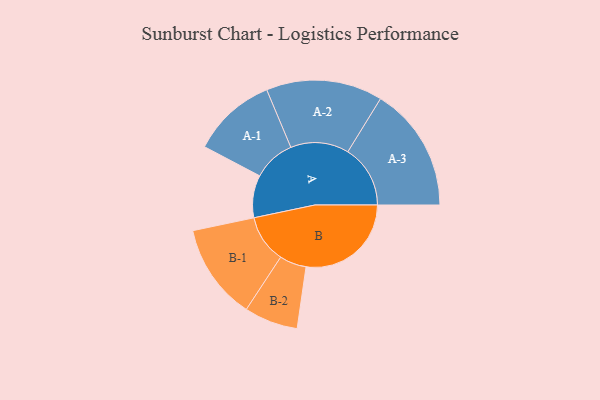
{"axis": {"x": "Segment", "y": "Value"}, "legend": ["", "A", "B"], "data": [{"x": "A", "y": 199, "type": ""}, {"x": "B", "y": 493, "type": ""}, {"x": "A-1", "y": 198, "type": "A"}, {"x": "A-2", "y": 273, "type": "A"}, {"x": "A-3", "y": 293, "type": "A"}, {"x": "B-1", "y": 225, "type": "B"}, {"x": "B-2", "y": 126, "type": "B"}]}